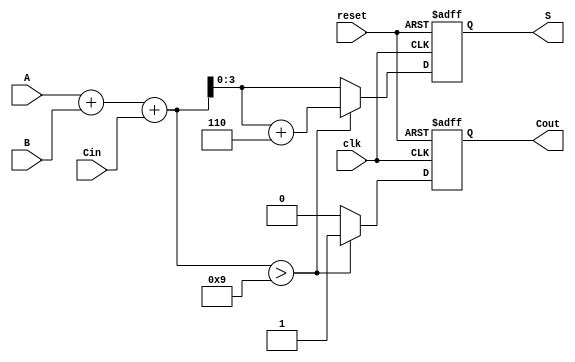
module BCD_Sequential_Adder (
    input wire clk,          // Clock input
    input wire reset,        // Reset input
    input wire [3:0] A,     // First BCD digit
    input wire [3:0] B,     // Second BCD digit
    input wire Cin,          // Carry-in
    output reg [3:0] S,      // BCD result
    output reg Cout          // Carry-out
);

    reg [4:0] sum;          // 5 bits to hold the sum (A + B + Cin)

    always @(posedge clk or posedge reset) begin
        if (reset) begin
            S <= 4'b0000;    // Reset BCD result to 0
            Cout <= 1'b0;    // Reset carry-out to 0
        end else begin
            // Calculate the initial sum
            sum = A + B + Cin;

            // Check if the sum exceeds 9
            if (sum > 9) begin
                // Adjust the sum by adding 6
                sum = sum + 5'b00110; // 6 in binary is 0110
                Cout <= 1'b1;         // Set carry-out
            end else begin
                Cout <= 1'b0;         // No carry-out
            end

            // Assign the valid BCD result
            S <= sum[3:0];            // Take the lower 4 bits as result
        end
    end
endmodule